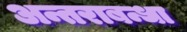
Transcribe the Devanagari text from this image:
अन्तराबन्धा